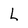
Character: L